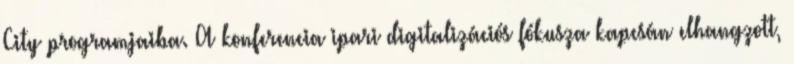
City programjaiba. A konferencia ipari digitalizációs fókusza kapcsán elhangzott,